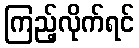
ကြည့်လိုက်ရင်